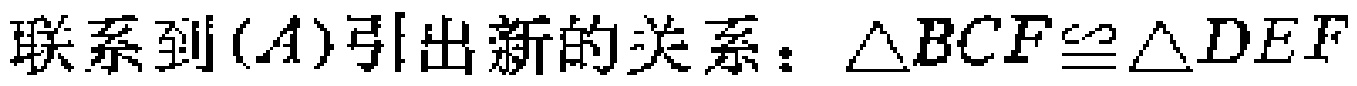
联系到$(A)引出新的关系：\(\triangle BCF\cong\triangle DEF\)